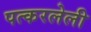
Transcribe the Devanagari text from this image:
पत्करलेली